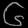
Digit: ၆